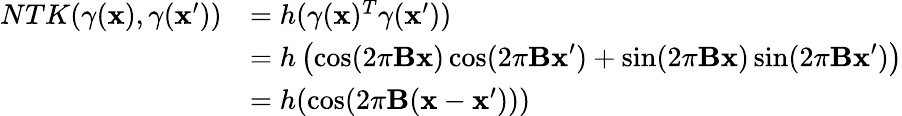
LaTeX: \begin{array}{rl}{NTK(\gamma(\mathbf{x}),\gamma(\mathbf{x^{\prime}}))}&{=h(\gamma(\mathbf{x})^{T}\gamma(\mathbf{x^{\prime}}))}\\ &{=h\left(\cos(2\pi\mathbf{Bx})\cos(2\pi\mathbf{Bx^{\prime}})+\sin(2\pi\mathbf{Bx})\sin(2\pi\mathbf{Bx^{\prime}})\right)}\\ &{=h(\cos(2\pi\mathbf{B}(\mathbf{x}-\mathbf{x^{\prime}})))}\end{array}